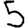
Digit: 5